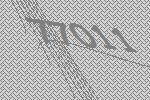
77011